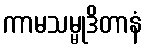
ကာမသမ္မုဒိတာနံ